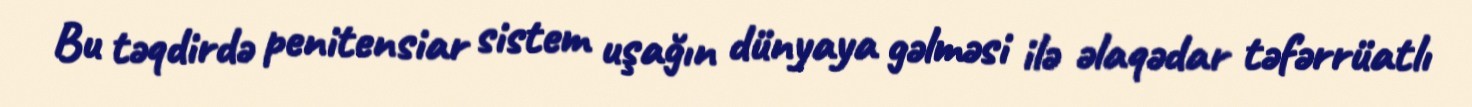
Bu təqdirdə penitensiar sistem uşağın dünyaya gəlməsi ilə əlaqədar təfərrüatlı